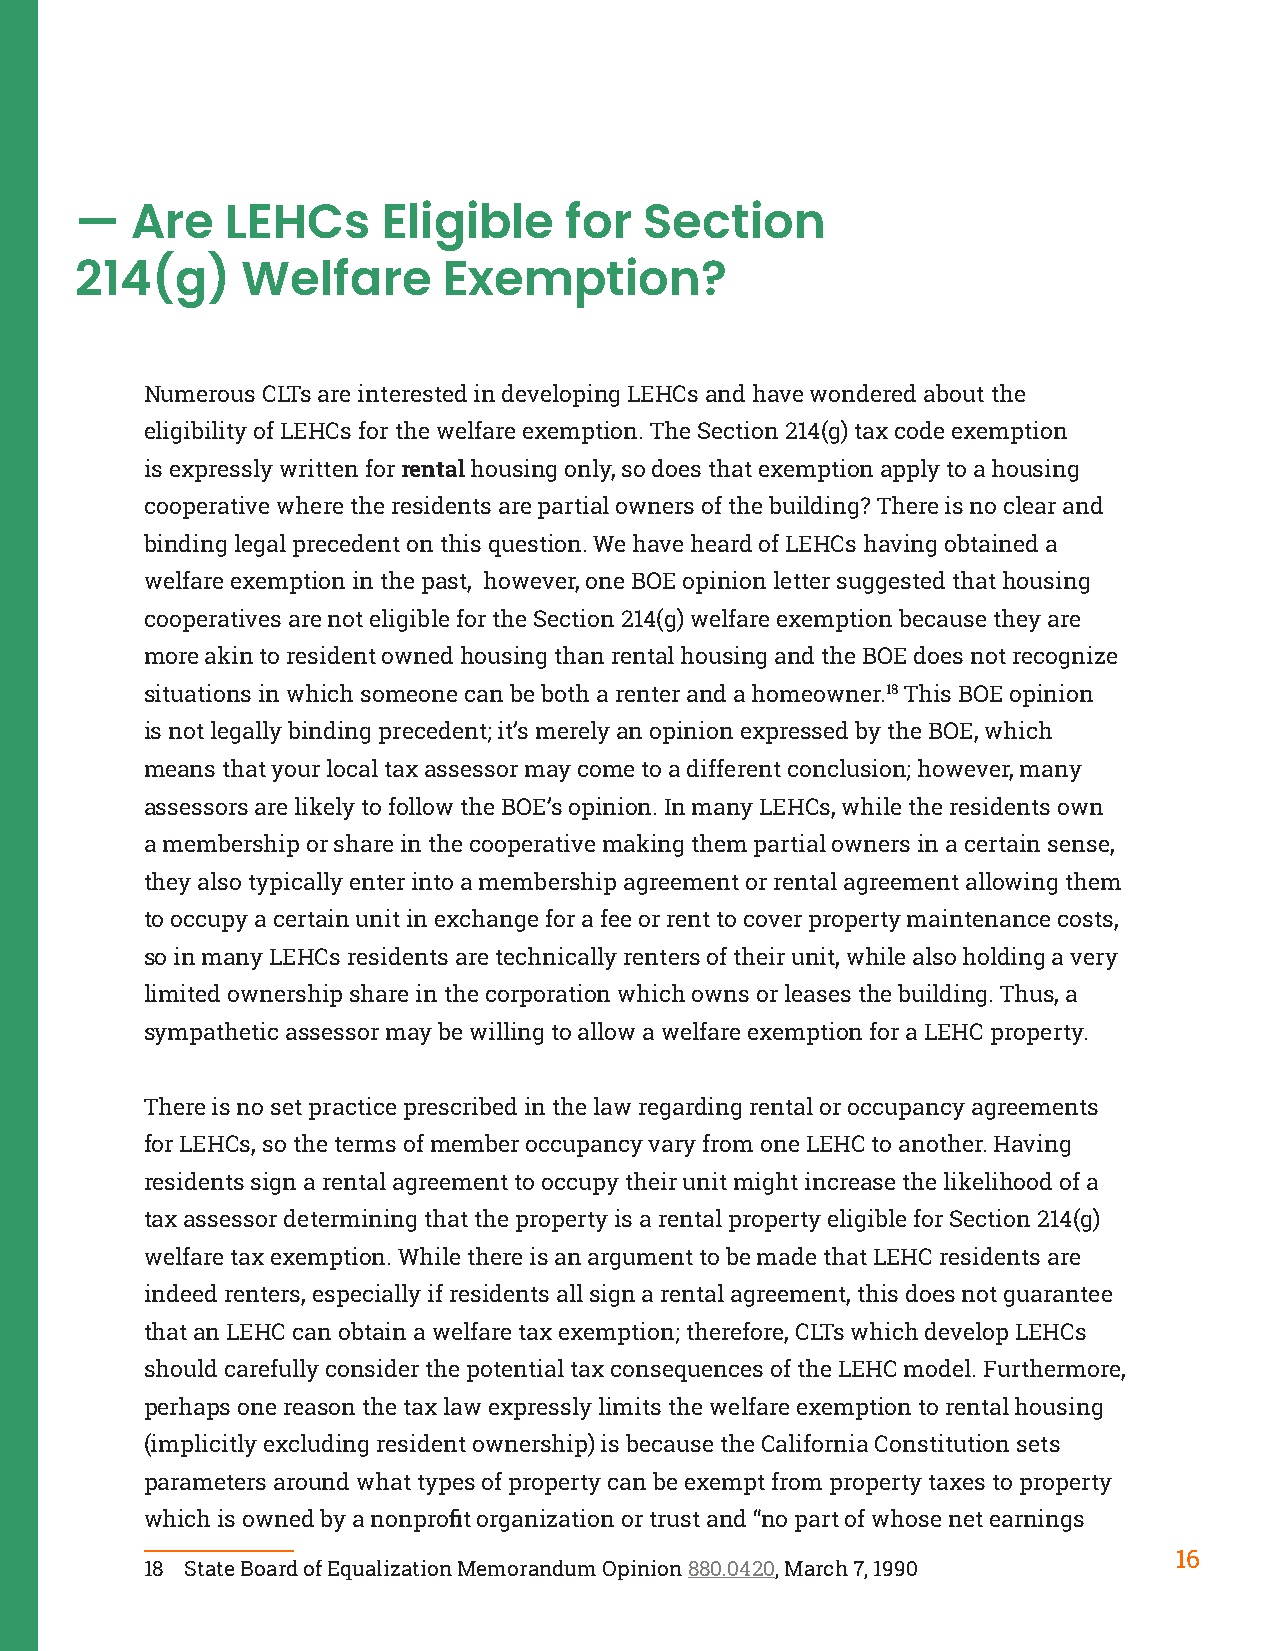
—   Are   LEHCs     Eligible    for   Section
 214(g)     Welfare      Exemption?
 Numerous CLTs are interested in developing LEHCs and have wondered about the
 eligibility of LEHCs for the welfare exemption. The Section 214(g) tax code exemption
 is expressly written for rental housing only, so does that exemption apply to a housing
 cooperative where the residents are partial owners of the building? There is no clear and
 binding legal precedent on this question. We have heard of LEHCs having obtained a
 welfare exemption in the past, however, one BOE opinion letter suggested that housing
 cooperatives are not eligible for the Section 214(g) welfare exemption because they are
 more akin to resident owned housing than rental housing and the BOE does not recognize
 situations in which someone can be both a renter and a homeowner.18 This BOE opinion
 is not legally binding precedent; it’s merely an opinion expressed by the BOE, which
 means that your local tax assessor may come to a different conclusion; however, many
 assessors are likely to follow the BOE’s opinion. In many LEHCs, while the residents own
 a membership or share in the cooperative making them partial owners in a certain sense,
 they also typically enter into a membership agreement or rental agreement allowing them
 to occupy a certain unit in exchange for a fee or rent to cover property maintenance costs,
 so in many LEHCs residents are technically renters of their unit, while also holding a very
 limited ownership share in the corporation which owns or leases the building. Thus, a
 sympathetic assessor may be willing to allow a welfare exemption for a LEHC property.
 There is no set practice prescribed in the law regarding rental or occupancy agreements
 for LEHCs, so the terms of member occupancy vary from one LEHC to another. Having
 residents sign a rental agreement to occupy their unit might increase the likelihood of a
 tax assessor determining that the property is a rental property eligible for Section 214(g)
 welfare tax exemption. While there is an argument to be made that LEHC residents are
 indeed renters, especially if residents all sign a rental agreement, this does not guarantee
 that an LEHC can obtain a welfare tax exemption; therefore, CLTs which develop LEHCs
 should carefully consider the potential tax consequences of the LEHC model. Furthermore,
 perhaps one reason the tax law expressly limits the welfare exemption to rental housing
 (implicitly excluding resident ownership) is because the California Constitution sets
 parameters around what types of property can be exempt from property taxes to property
 which is owned by a nonprofit organization or trust and “no part of whose net earnings
 16
 18 State Board of Equalization Memorandum Opinion 880.0420, March 7, 1990